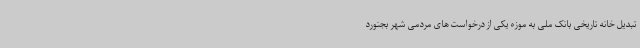
تبدیل خانه تاریخی بانک ملی به موزه یکی از درخواست های مردمی شهر بجنورد